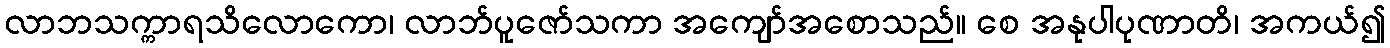
လာဘသက္ကာရသိလောကော၊ လာဘ်ပူဇော်သကာ အကျော်အစောသည်။ စေ အနုပါပုဏာတိ၊ အကယ်၍